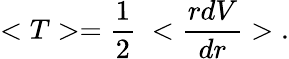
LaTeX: <T>=\frac{1}{2}\; <\frac{rdV}{dr}>\; .